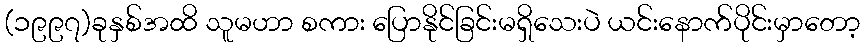
(၁၉၉၇)ခုနှစ်အထိ သူမဟာ စကား ပြောနိုင်ခြင်းမရှိသေးပဲ ယင်းနောက်ပိုင်းမှာတော့